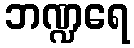
ဘဏ္ဍရေ